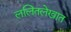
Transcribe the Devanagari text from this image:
ललितलेखात